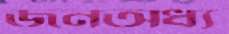
জনঅধ্য